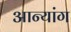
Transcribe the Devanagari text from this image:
आन्यांग